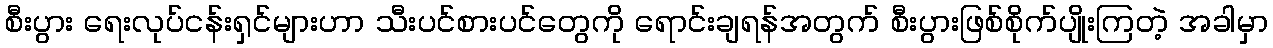
စီးပွား ရေးလုပ်ငန်းရှင်များဟာ သီးပင်စားပင်တွေကို ရောင်းချရန်အတွက် စီးပွားဖြစ်စိုက်ပျိုးကြတဲ့ အခါမှာ